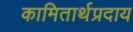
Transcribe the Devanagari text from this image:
कामितार्थप्रदाय